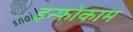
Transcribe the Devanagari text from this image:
इन्फोकाम